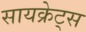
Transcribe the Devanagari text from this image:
सायक्रेट्स